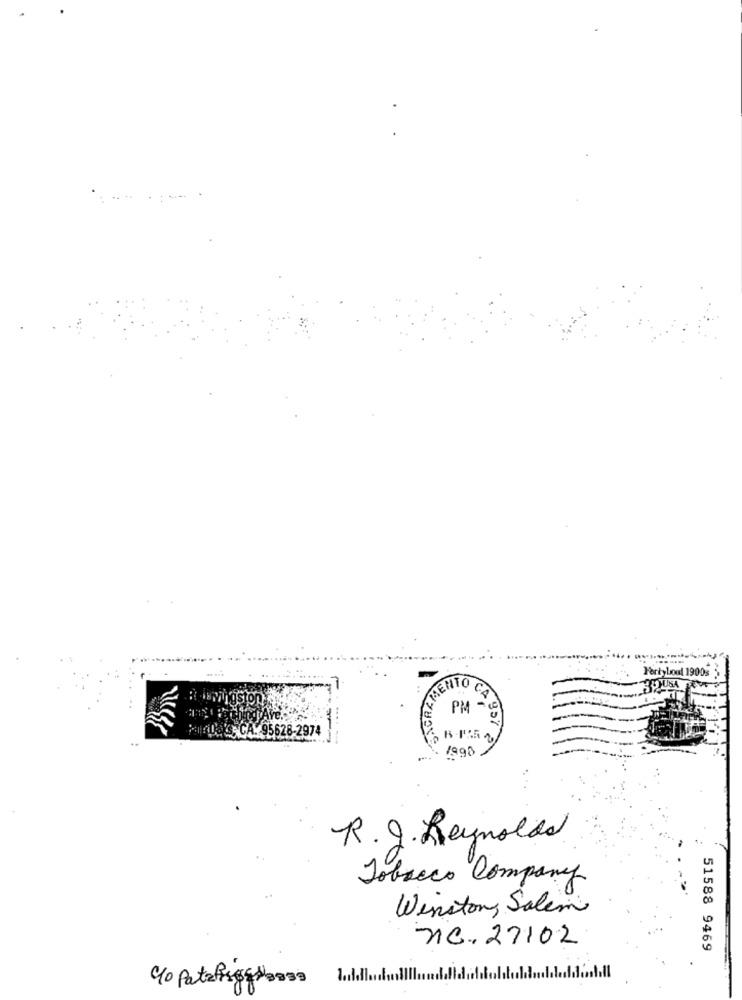
SACRAMENT
Forty boul 1900s
Baummigstone
MINDa'S, CA. 95628-2974
1990
R.J. Reynolds
Tobacco Company
Winston Salem
Nc. 27102
51588 9469
90 Patafigarooss
1.1